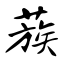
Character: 蔟